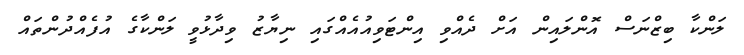
ލަންކާ ބިޒްނަސް އޮންލައިން އަށް ދެއްވި އިންޓަވިއުއެއްގައި ނިޔާޒު ވިދާޅުވީ ލަންކާގެ އުފެއްދުންތައް